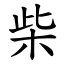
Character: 柴